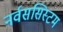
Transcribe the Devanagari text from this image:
नर्वससिस्टम